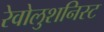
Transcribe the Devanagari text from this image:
रेवोलुशनिस्ट